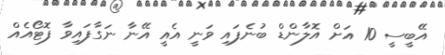
އޭބީސީ 10 އަށް އޮލާންޑް ބުނެފައި ވަނީ އެއީ އޭނާ ނަގާފައިވާ ފޮޓޯއެއް